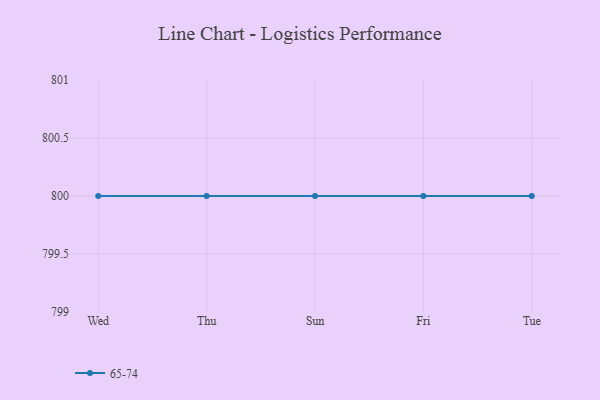
{"axis": {"x": "Day", "y": "Market Share (%)"}, "legend": ["65-74"], "data": [{"x": "Wed", "y": 800, "type": "65-74"}, {"x": "Thu", "y": 800, "type": "65-74"}, {"x": "Sun", "y": 800, "type": "65-74"}, {"x": "Fri", "y": 800, "type": "65-74"}, {"x": "Tue", "y": 800, "type": "65-74"}]}